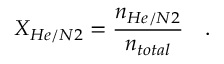
X _ { H e / N 2 } = \frac { n _ { H e / N 2 } } { n _ { t o t a l } } \quad .